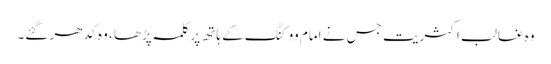
وہ غالب اکثریت جس نے امام ووکنگ کے ہاتھ پر کلمہ پڑھا ، وہ کدھر گئے۔